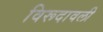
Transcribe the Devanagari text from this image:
विरूदावली